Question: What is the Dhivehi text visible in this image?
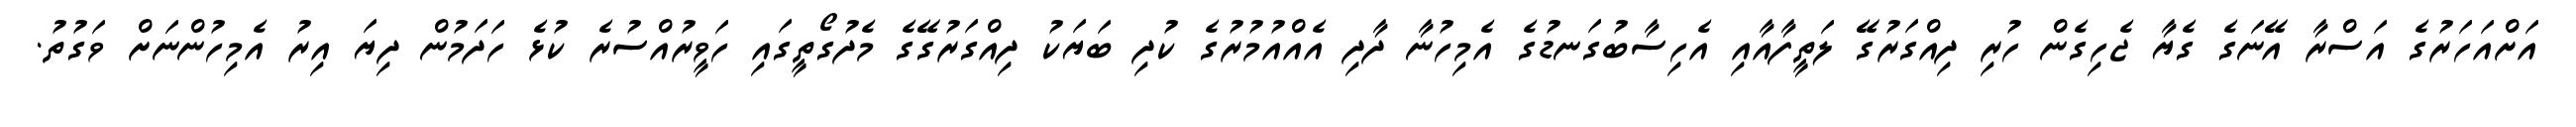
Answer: އަށްއަހަރުގެ އަސްރާ އޭނަގެ ގެޔާ ޖެހިގެން ހުރި ދިއްގަރުގޭ ލަތީފާއާއި އެހިސާބުގަނޑުގެ އެމިހުނާ ދާދި އެއްއުމުރުގެ ކުދި ބަޔަކު ދިއްގަރުގޭގެ މެދުގޯތީގައި ހަވީރުއްސުރެ ކުޅެ ހަދަމުން ދިޔަ އިރު އެމިހުންނަށް ވަގުތު.